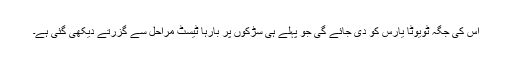
اس کی جگہ ٹویوٹا یارِس کو دی جائے گی جو پہلے ہی سڑکوں پر بارہا ٹیسٹ مراحل سے گزرتے دیکھی گئی ہے۔